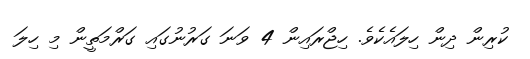
ކުރިން ދިން ހިލައެކެވެ. ހިޖްރައިން 4 ވަނަ ގަރުނުގައި ގަރްމަތީން މި ހިލަ